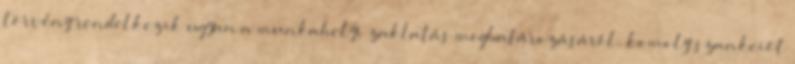
törvény rendelkezik ugyan a munkahelyi zaklatás meghatározásáról, komoly szankciót